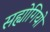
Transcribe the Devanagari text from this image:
सह्योगियो